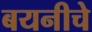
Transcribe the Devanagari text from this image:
बयनीचे